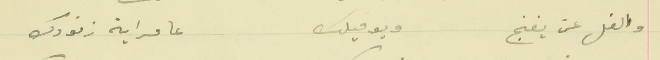
والفل عن يغنج   ويوميلك                                   عا مراية زنودك